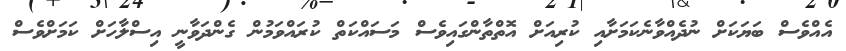
އެއްވެސް ބަޔަކަށް ނުދެއްވާނެކަމަށާއި ކުރިއަށް އޮތްތާންގައިވެސް މަސައްކަތް ކުރައްވަމުން ގެންދަވާނީ އިސްލާހަށް ކަމަށްވެސް